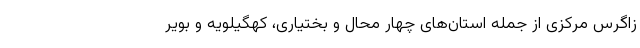
زاگرس مرکزی از جمله استان‌های چهار محال و بختیاری، کهگیلویه و بویر